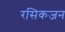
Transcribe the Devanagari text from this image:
रसिकजन